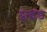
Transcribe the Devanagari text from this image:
ट्वाइंड